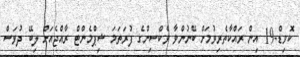
ކޮވިޑް-19 އިން ރައްކާތެރިވުމަށް ބޭނުންވާ ވެކްސިންގެ ފުރަތަމަ ޝިޕްމެންޓް ރާއްޖެއަށް ލިބޭ ދުވަސް